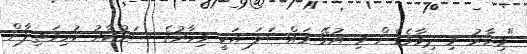
"މިހާރު މި ދިމާވެގެން މި އުޅޭ މަައްސަލަ އަކީ މިހާރުގެ ސަރުކާރު ކުރިމަތިލާން